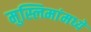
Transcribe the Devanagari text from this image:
मुस्लिमांमध्ये